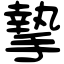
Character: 摯